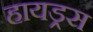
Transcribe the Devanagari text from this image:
हायड्रस